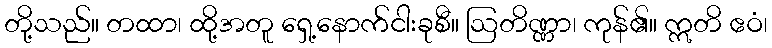
တို့သည်။ တထာ၊ ထို့အတူ ရှေ့နောက်ငါးခုစီ။ ဩတိဏ္ဏာ၊ ကုန်၏။ ဣတိ ဧဝံ၊